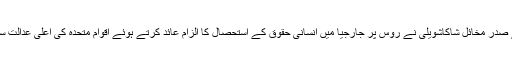
دریں اثنا جارجیا کے صدر مخائل شاکاشویلی نے روس پر جارجیا میں انسانی حقوق کے استحصال کا الزام عائد کرتے ہوئے اقوام متحدہ کی اعلی عدالت سے رجوع کر لیا ہے۔